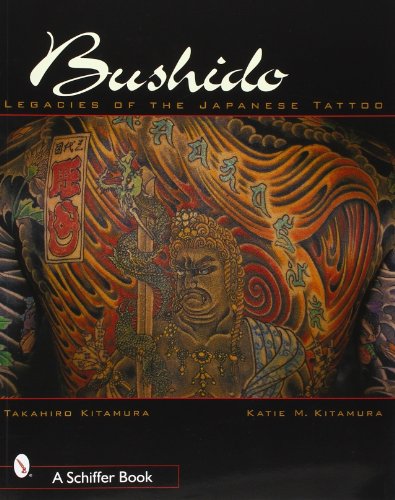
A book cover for Bushido: Legacies of Japanese Tattoos; Takahiro Kitamura; Crafts, Hobbies & Home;